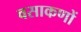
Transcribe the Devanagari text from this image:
वसाकणों